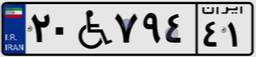
۲۰W۷۹۴۴۱